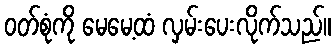
ဝတ်စုံကို မေမေ့ထံ လှမ်းပေးလိုက်သည်။